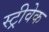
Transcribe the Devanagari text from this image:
स्ट्रीवेक